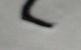
Signature authenticity: forged